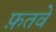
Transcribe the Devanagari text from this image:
फ़तवे